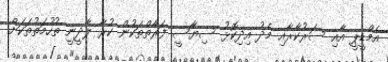
އެމްޑީޕީ އާއި ސަރުކާރާއި މެދު އިދިކޮޅު ސިޔާސީ ފަރާތްތަކުން ކުރާ ލާދީނީ ތުހުމަތުތަކަށް